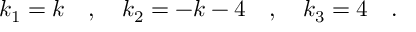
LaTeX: k _ { 1 } = k \quad , \quad k _ { 2 } = - k - 4 \quad , \quad k _ { 3 } = 4 \quad .